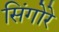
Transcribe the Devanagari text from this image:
सिंगोरे